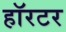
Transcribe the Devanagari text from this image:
हॉरटर